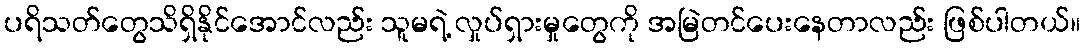
ပရိသတ်တွေသိရှိနိုင်အောင်လည်း သူမရဲ့ လှုပ်ရှားမှုတွေကို အမြဲတင်ပေးနေတာလည်း ဖြစ်ပါတယ်။